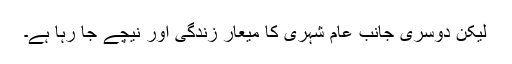
لیکن دوسری جانب عام شہری کا میعار زندگی اور نیچے جا رہا ہے۔